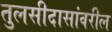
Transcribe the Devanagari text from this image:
तुलसीदासांवरील